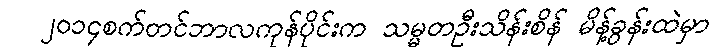
၂၀၁၄စက်တင်ဘာလကုန်ပိုင်းက သမ္မတဦးသိန်းစိန် မိန့်ခွန်းထဲမှာ